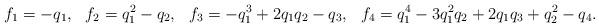
LaTeX: \begin{align*}f_1 &= - q_1, & f_2 &= q_1^2 - q_2, & f_3 &= -q_1^3 + 2 q_1 q_2- q_3, & f_4 &= q_1^4 - 3 q_1^2 q_2 + 2 q_1 q_3 + q_2^2 - q_4. \end{align*}